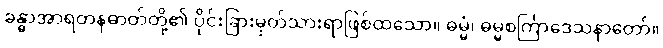
ခန္ဓာအာရတနဓာတ်တို့၏ ပိုင်းခြားမှတ်သားရာဖြစ်ထသော။ ဓမ္မံ၊ ဓမ္မစင်္ကြာဒေသနာတော်။